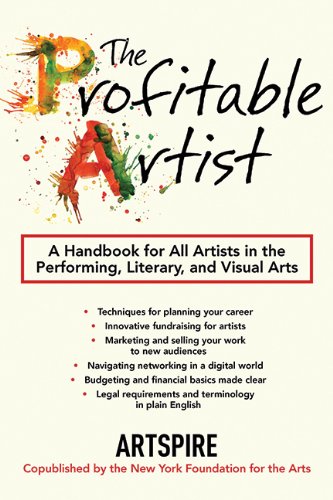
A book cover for The Profitable Artist: A Handbook for All Artists in the Performing, Literary, and Visual Arts; Artspire; Arts & Photography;